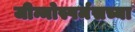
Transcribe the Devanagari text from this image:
जीन्मोस्पर्मसच्या